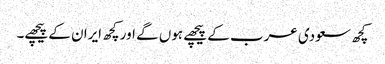
کچھ سعودی عرب کے پیچھے ہوں گے اور کچھ ایران کے پیچھے۔